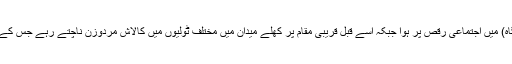
14مئی سے شروع ہونے والی اس فیسٹول کا احتتام وادی بمبوریت میں کراکڑ میں واقع چہار سو(رقص گاہ) میں اجتماعی رقص پر ہوا جبکہ اسے قبل قریبی مقام پر کھلے میدان میں مختلف ٹولیوں میں کالاش مردوزن ناچتے رہے جس کے دوران وہ اپنے آباواجداد کو ایک ایک کرکے یادکرکے ان کے کارناموں کے گیت گا گاکر ناچتے رہے۔